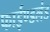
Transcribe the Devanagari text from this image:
फाईण्डलंड